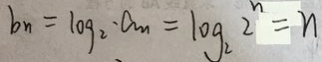
b _ { n } = \log _ { 2 } \cdot a _ { m } = = 1 o g _ { 2 } ^ { n } = n